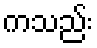
ကသည်း